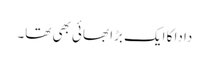
دادا کا ایک بڑا بھائی بھی تھا۔